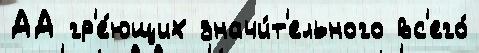
АА гр'е́ющих значи́т'ельного вс'его́